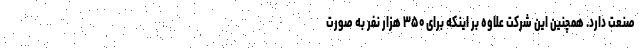
صنعت دارد. همچنین این شرکت علاوه بر اینکه برای ۳۵۰ هزار نفر به صورت